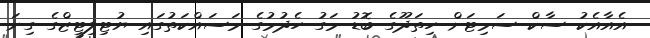
އެއާއެކު ސާކް ސަމިޓަށް ހިތަދޫގެ ބޮޑު މަގު ހެދުމުގެ މަސައްކަތުގައި ޔުޓިލިޓީޒްގެ ގިނަ